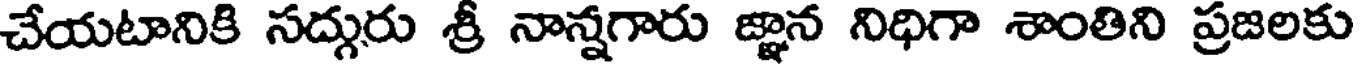
చేయటానికి సద్గురు శ్రీ నాన్నగారు జ్ఞాన నిధిగా శాంతిని ప్రజలకు